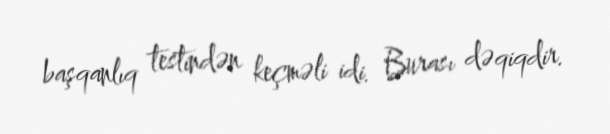
başqanlıq testindən keçməli idi. Burası dəqiqdir.